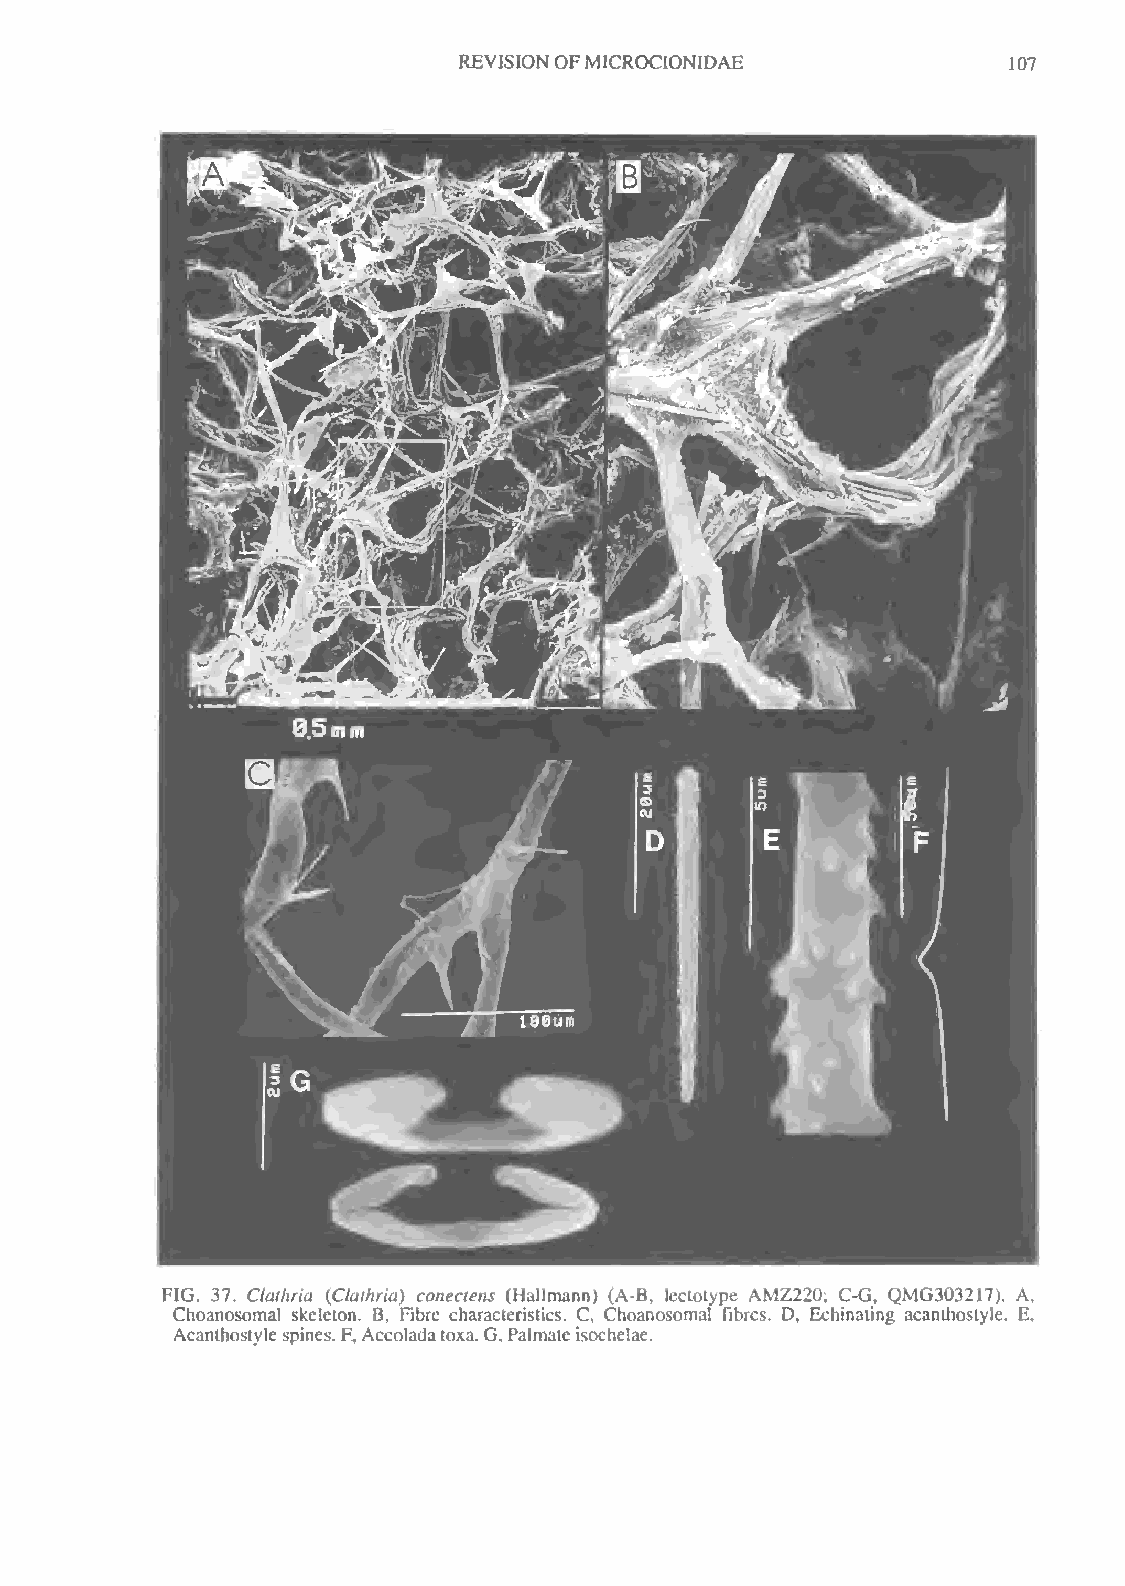
REVISIONOFMICROCIONIDAE              07
 J
 FIG. 37. Clathria {Clathria) conectens (Hallmann) (A-B, leclotype AMZ220; C-G, QMG303217). A
 t
 Choanosomal skeleton. B, Fibre characteristics. C, Choanosomal fibres. D, Echinating acanlhostyle. E,
 Acanthostvle spines. F,Accoladatoxa.G.Palmateisochelae.